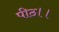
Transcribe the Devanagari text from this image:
पीठ।।